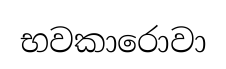
භවකාරොවා